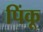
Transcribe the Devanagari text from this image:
पिंकू